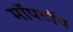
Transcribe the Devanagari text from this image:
मॉपटॉप